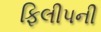
ફિલીપની